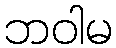
ဘဝါမ